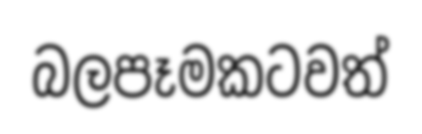
බලපෑමකටවත්